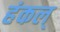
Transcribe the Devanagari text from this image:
हंकल्